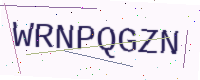
Text: WRNPQGZN